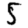
Digit: 5